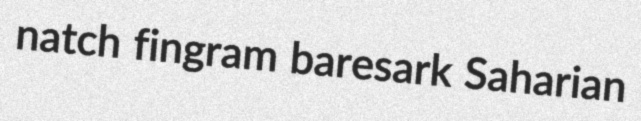
natch fingram baresark Saharian